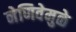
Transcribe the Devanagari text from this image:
नेणिवेमुळे